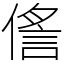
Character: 㑾